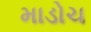
માડોચ